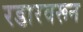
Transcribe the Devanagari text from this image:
रडारवरून